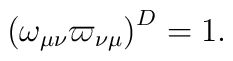
\left( \omega _{\mu\nu}\varpi _{\nu\mu}\right) ^{D}=1.